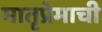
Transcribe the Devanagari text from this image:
मातृप्रेमाची